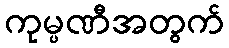
ကုမ္ပဏီအတွက်